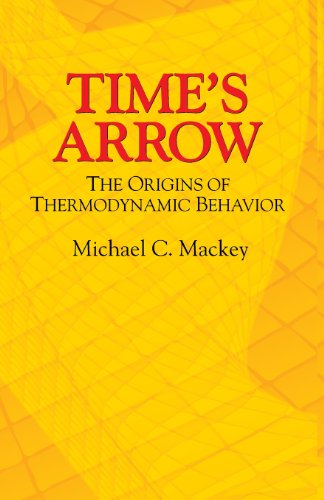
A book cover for Time's Arrow: The Origins of Thermodynamic Behavior (Dover Books on Physics); Michael C. Mackey; Science & Math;